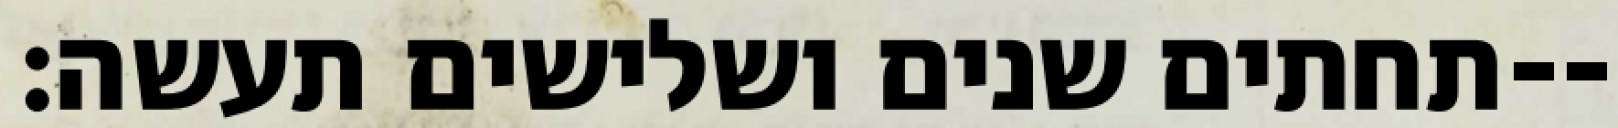
תחתים שנים ושלישים תעשה׃--